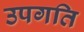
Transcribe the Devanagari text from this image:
उपगति